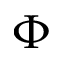
\Phi